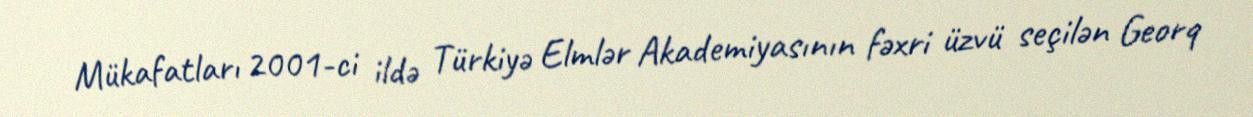
Mükafatları 2001-ci ildə Türkiyə Elmlər Akademiyasının fəxri üzvü seçilən Georq